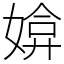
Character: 媕